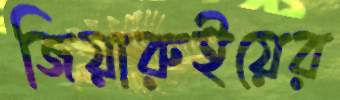
জিয়ারুইয়ের